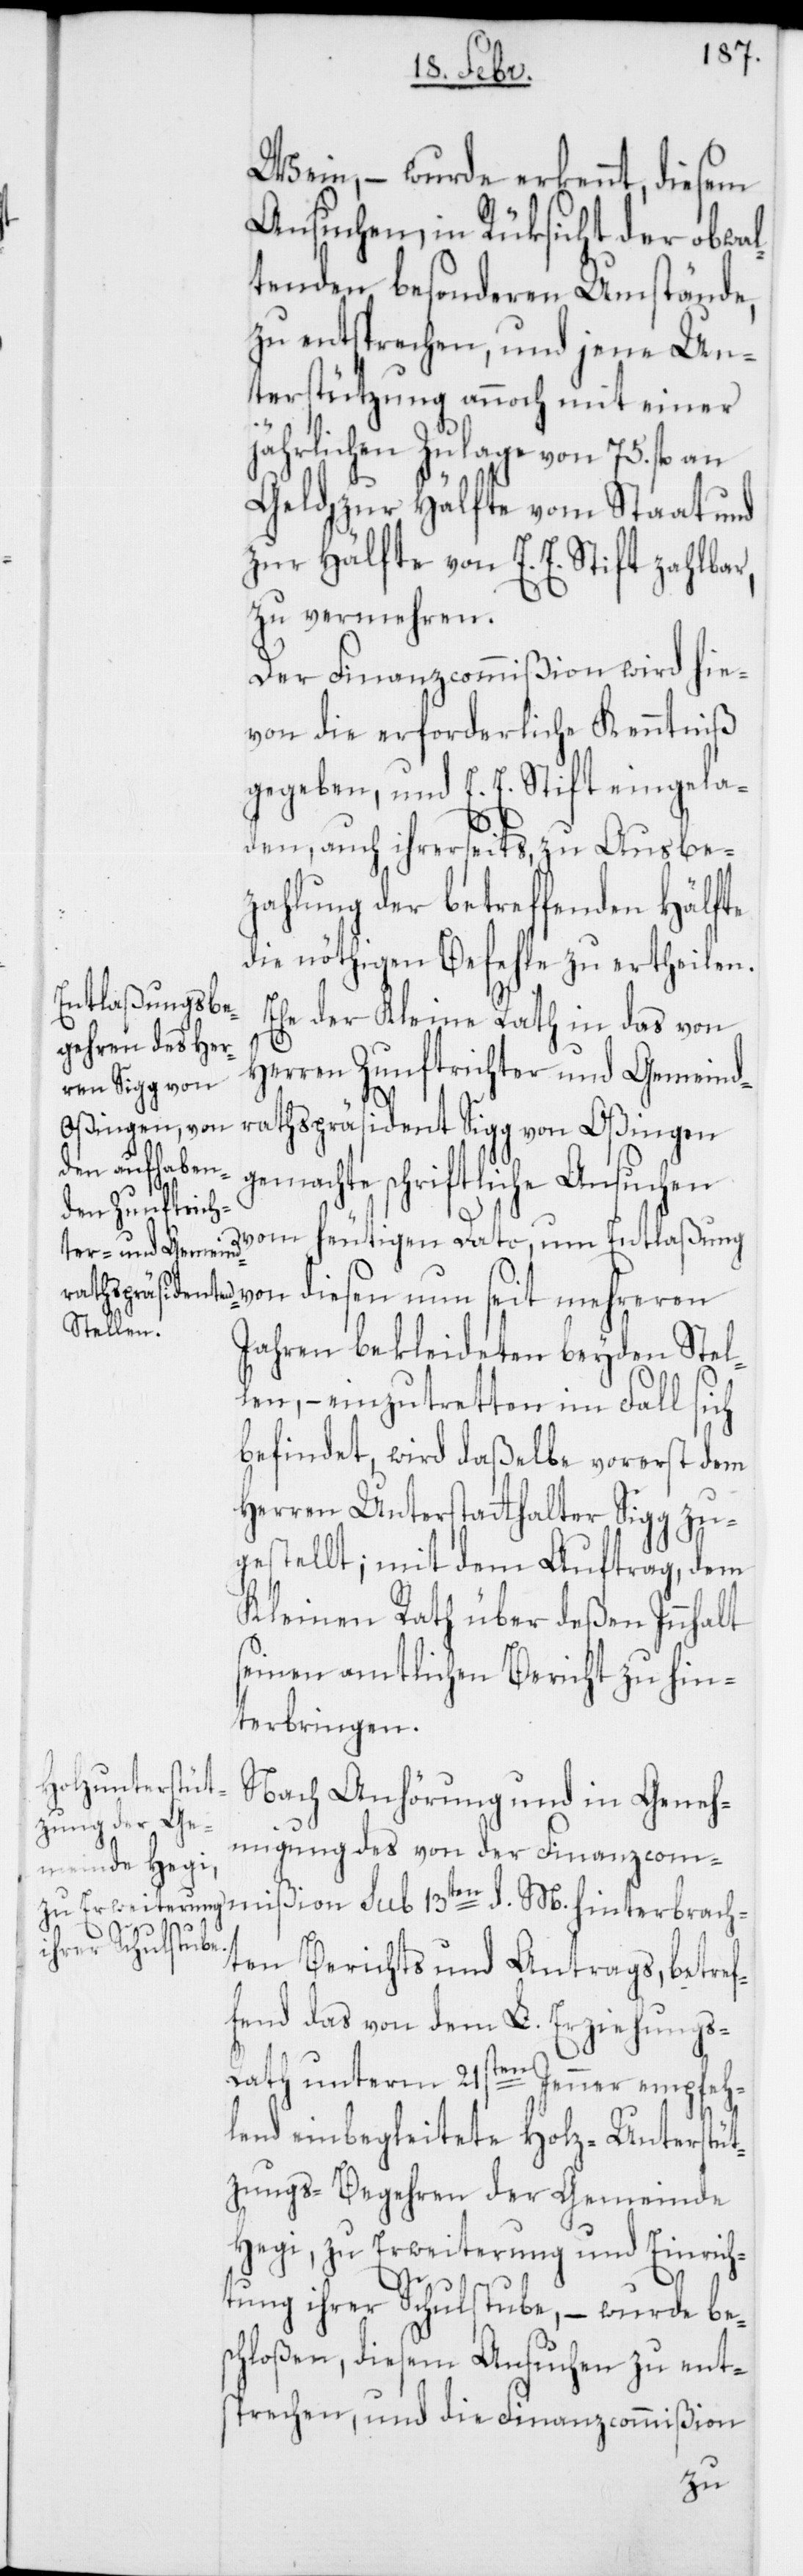
Wein, – wurde erkennt, diesem
Ansuchen, in Rüksicht der obwal¬
tenden besonderen Umstände,
zu entsprechen, und jene Un¬
terstützung annoch mit einer
jährlichen Zulage von 75. fl. an
Geld, zur Hälfte vom Staat und
zur Hälfte von E. E. Stift zahlbar,
zu vermehren.
Der Finanzcommißion wird hie¬
von die erforderliche Kenntniß
gegeben, und E. E. Stift eingela¬
den, auch ihrerseits zu Ausbe¬
zahlung der betreffenden Hälfte
die nöthigen Befehle zu ertheilen.
Ehe der Kleine Rath in das von
Herren Zunftrichter und Gemeind¬
rathspräsident Sigg von Oßingen
gemachte schriftliche Ansuchen
vom heutigen Dato, um Entlaßung
Jahren bekleideten beyden Stel¬
len, – einzutretten im Fall sich
befindet, wird daßelbe vorerst dem
Herren Unterstatthalter Sigg zu¬
gestellt; mit dem Auftrag, dem
Kleinen Rath über deßen Innhalt
seinen amtlichen Bericht zu hin¬
terbringen.
Nach Anhörung und in Geneh¬
migung des von der Finanzcom¬
mißion sub 13ten d. M. hinterbrach¬
ten Berichts und Antrags, betref¬
fend das von dem L. Erziehungs-R¬
ath unterm 21sten Jenner empfeh¬
lend einbegleitete Holz-Unterstüt¬
zungs-Begehren der Gemeinde
Hegi, zur Erweiterung und Einrich¬
tung ihrer Schulstube, – wurde be¬
schloßen, diesem Ansuchen zu ent¬
sprechen, und die Finanzcommißion